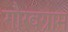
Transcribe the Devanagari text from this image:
गौरवग्राम